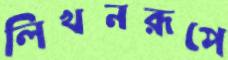
লিখনরূপে